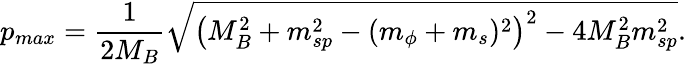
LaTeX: p_{max}=\frac{1}{2M_{B}}\sqrt{\left(M_{B}^{2}+m_{sp}^{2}-(m_{\phi}+m_{s})^{2}\right)^{2}-4M_{B}^{2}m_{sp}^{2}}.